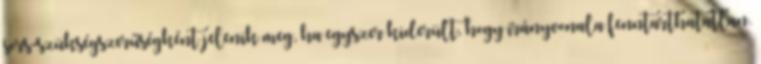
sors-szükségszerűségként jelenik meg, ha egyszer kiderült, hogy irányvonala fenntarthatatlan.